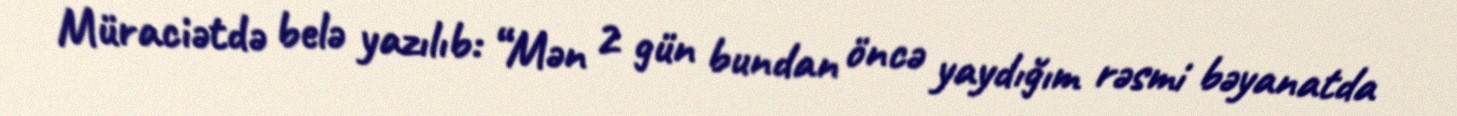
Müraciətdə belə yazılıb: “Mən 2 gün bundan öncə yaydığım rəsmi bəyanatda